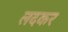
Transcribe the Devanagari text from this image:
लदकर